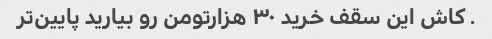
. کاش این سقف خرید ۳۰ هزارتومن رو بیارید پایین‌تر